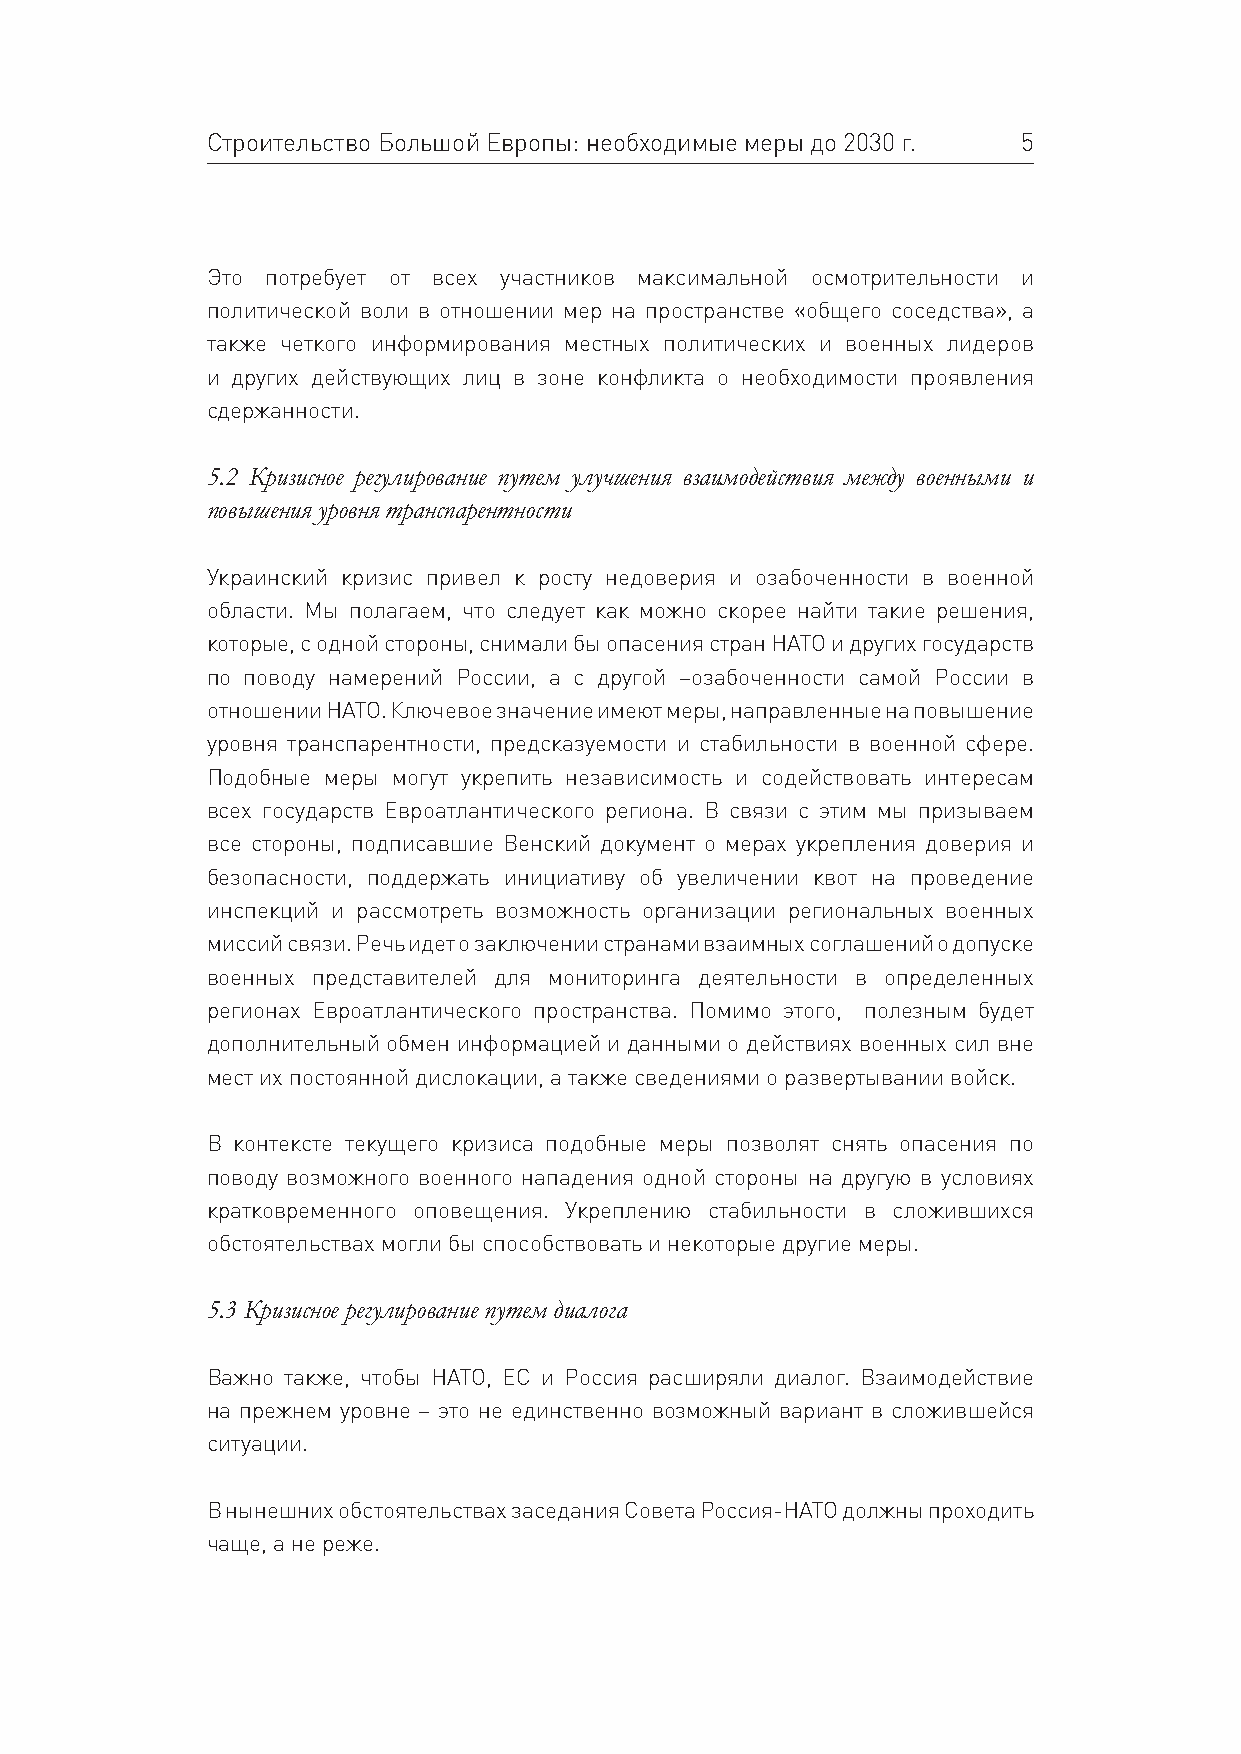
Строительство Большой Европы: необходимые меры до 2030 г. 5
 Это потребует от всех участников максимальной осмотрительности и
 политической воли в отношении мер на пространстве «общего соседства», а
 также четкого информирования местных политических и военных лидеров
 и других действующих лиц в зоне конфликта о необходимости проявления
 сдержанности.
 5.2 Кризисное регулирование путем улучшения взаимодействия между военными и
 повышения уровня транспарентности
 Украинский кризис привел к росту недоверия и озабоченности в военной
 области. Мы полагаем, что следует как можно скорее найти такие решения,
 которые, с одной стороны, снимали бы опасения стран НАТО и других государств
 по поводу намерений России, а с другой –озабоченности самой России в
 отношении НАТО. Ключевое значение имеют меры, направленные на повышение
 уровня транспарентности, предсказуемости и стабильности в военной сфере.
 Подобные меры могут укрепить независимость и содействовать интересам
 всех государств Евроатлантического региона. В связи с этим мы призываем
 все стороны, подписавшие Венский документ о мерах укрепления доверия и
 безопасности, поддержать инициативу об увеличении квот на проведение
 инспекций и рассмотреть возможность организации региональных военных
 миссий связи. Речь идет о заключении странами взаимных соглашений о допуске
 военных представителей для мониторинга деятельности в определенных
 регионах Евроатлантического пространства. Помимо этого, полезным будет
 дополнительный обмен информацией и данными о действиях военных сил вне
 мест их постоянной дислокации, а также сведениями о развертывании войск.
 В контексте текущего кризиса подобные меры позволят снять опасения по
 поводу возможного военного нападения одной стороны на другую в условиях
 кратковременного оповещения. Укреплению стабильности в сложившихся
 обстоятельствах могли бы способствовать и некоторые другие меры.
 5.3 Кризисное регулирование путем диалога
 Важно также, чтобы НАТО, ЕС и Россия расширяли диалог. Взаимодействие
 на прежнем уровне – это не единственно возможный вариант в сложившейся
 ситуации.
 В нынешних обстоятельствах заседания Совета Россия-НАТО должны проходить
 чаще, а не реже.